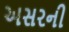
અસરની